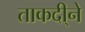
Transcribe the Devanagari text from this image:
ताकदी्ने